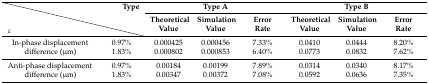
|  | Type | <COLSPAN=3> Type A | <COLSPAN=3> Type B |
 | ε |  | Theoretical Value | Simulation Value | Error Rate | Theoretical Value | Simulation Value | Error Rate |
 | --- | --- | --- | --- | --- | --- | --- | --- |
 | <ROWSPAN=2> In-phase displacement difference (μm) | 0.97% | 0.000425 | 0.000456 | 7.33% | 0.0410 | 0.0444 | 8.20% |
 | 1.83% | 0.000802 | 0.000853 | 6.40% | 0.0773 | 0.0832 | 7.62% |
 | <ROWSPAN=2> Anti-phase displacement difference (μm) | 0.97% | 0.00184 | 0.00199 | 7.89% | 0.0314 | 0.0340 | 8.17% |
 | 1.83% | 0.00347 | 0.00372 | 7.08% | 0.0592 | 0.0636 | 7.35% |